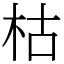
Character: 枯